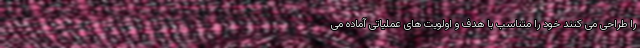
را طراحی می کنند خود را متناسب با هدف و اولویت های عملیاتی آماده می